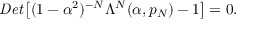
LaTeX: { \it D e t } \left[ ( 1 - \alpha ^ { 2 } ) ^ { - N } \Lambda ^ { N } ( \alpha , p _ { N } ) - 1 \right] = 0 .